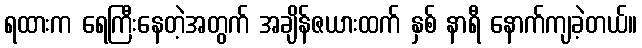
ရထားက ရေကြီးနေတဲ့အတွက် အချိန်ဇယားထက် နှစ် နာရီ နောက်ကျခဲ့တယ်။